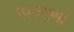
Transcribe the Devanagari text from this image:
पितृगुणों